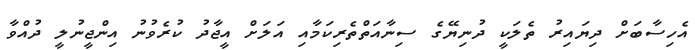
އެހިސާބަށް ދިޔައިރު ތެލަކީ ދުނިޔޭގެ ސިނާއަތްތެރިކަމާއި އަލަށް އީޖާދު ކުރެވުނު އިންޖީނުލީ ދުއްވާ